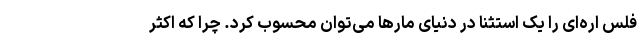
فلس اره‌ای را یک استثنا در دنیای مارها می‌توان محسوب کرد. چرا که اکثر